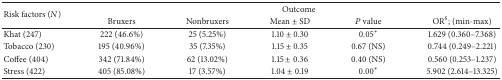
<table><thead><tr><td rowspan="2"><b>Risk factors (<i>N</i>)</b></td><td colspan="5"><b>Outcome</b></td></tr><tr><td><b>Bruxers</b></td><td><b>Nonbruxers</b></td><td><b>Mean ± SD</b></td><td><b><i>P</i> value</b></td><td><b>OR<sup>$</sup>; (min-max)</b></td></tr></thead><tbody><tr><td>Khat (247)</td><td>222 (46.6%)</td><td>25 (5.25%)</td><td>1.10 ± 0.30</td><td>0.05<sup><i>∗</i></sup></td><td>1.629 (0.360–7.368)</td></tr><tr><td>Tobacco (230)</td><td>195 (40.96%)</td><td>35 (7.35%)</td><td>1.15 ± 0.35</td><td>0.67 (NS)</td><td>0.744 (0.249–2.221)</td></tr><tr><td>Coffee (404)</td><td>342 (71.84%)</td><td>62 (13.02%)</td><td>1.15 ± 0.36</td><td>0.40 (NS)</td><td>0.560 (0.253–1.237)</td></tr><tr><td>Stress (422)</td><td>405 (85.08%)</td><td>17 (3.57%)</td><td>1.04 ± 0.19</td><td>0.00<sup><i>∗</i></sup></td><td>5.902 (2.614–13.325)</td></tr></tbody></table>